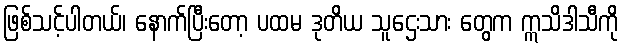
ဖြစ်သင့်ပါတယ်၊ နောက်ပြီးတော့ ပထမ ဒုတိယ သူဌေးသား တွေက ဣသိဒါသီကို